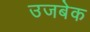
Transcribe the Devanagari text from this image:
उजबेक